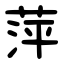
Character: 萍